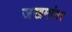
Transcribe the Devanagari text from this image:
जखमांवर